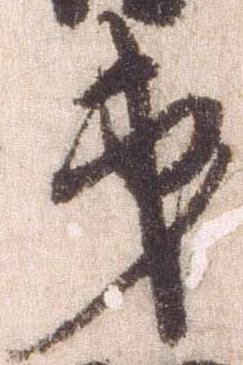
弟